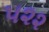
૫૨૨